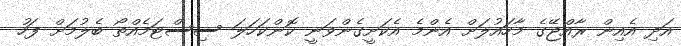
އަދި އެއިން ރާއްޖޭގެ މާހައުލަށް އެންމެ އެކަށީގެންވަނީ ކޮންކަހަލަ ސިސްޓަމެއްތޯ ބެލުމަށް ފަހު